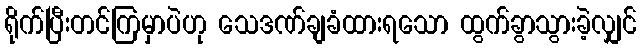
ရိုက်ပြီးတင်ကြမှာပဲဟု သေဒဏ်ချခံထားရသော ထွက်ခွာသွားခဲ့လျှင်